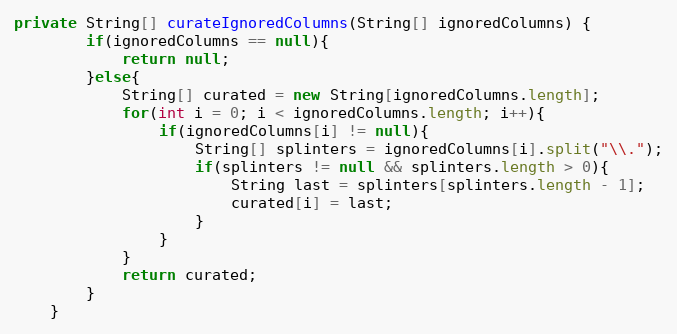
Language: Java
private String[] curateIgnoredColumns(String[] ignoredColumns) {
		if(ignoredColumns == null){
			return null;
		}else{
			String[] curated = new String[ignoredColumns.length];
			for(int i = 0; i < ignoredColumns.length; i++){
				if(ignoredColumns[i] != null){
					String[] splinters = ignoredColumns[i].split("\\.");
					if(splinters != null && splinters.length > 0){
						String last = splinters[splinters.length - 1];
						curated[i] = last;
					}
				}
			}
			return curated;
		}
	}